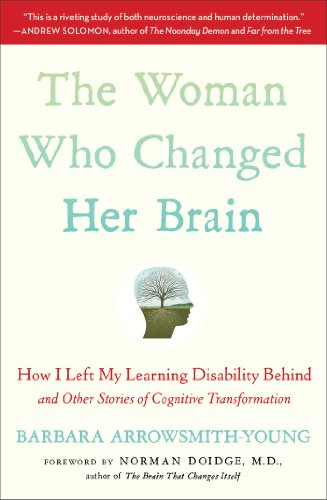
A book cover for The Woman Who Changed Her Brain: How I Left My Learning Disability Behind and Other Stories of Cognitive Transformation; Barbara Arrowsmith-Young; Biographies & Memoirs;